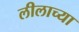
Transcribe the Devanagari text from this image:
लीलाच्या